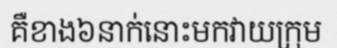
គឺខាង៦នាក់នោះមកវាយក្រុម